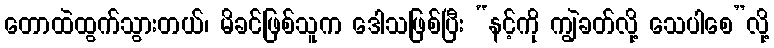
တောထဲထွက်သွားတယ်၊ မိခင်ဖြစ်သူက ဒေါသဖြစ်ပြီး “နင့်ကို ကျွဲခတ်လို့ သေပါစေ”လို့